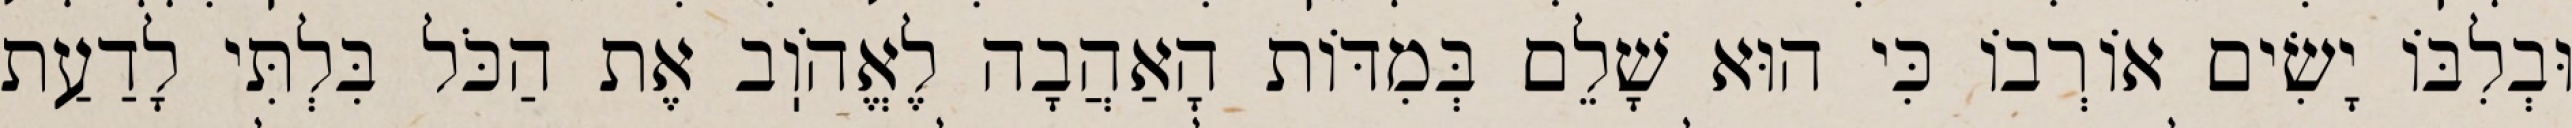
וּבְלִבּוֹ יָשִׂים אוֹרְבוֹ כִּי הוּא שָׁלֵם בְּמִדּוֹת הָאַהֲבָה לֶאֱהֹוֽב אֶת הַכֹּל בִּלְתִּי לָדַעַת